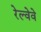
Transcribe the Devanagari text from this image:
रेल्वेवे